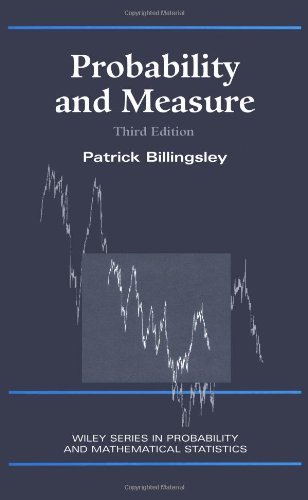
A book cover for Probability and Measure; Patrick Billingsley; Science & Math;